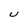
Character: U